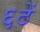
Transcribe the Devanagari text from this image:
६ठें